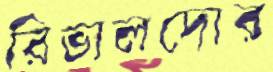
রিভালদোর